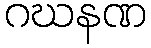
ဂဃနဏ